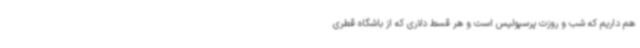
هم داریم که شب و روزت پرسپولیس است و هر قسط دلاری که از باشگاه قطری